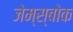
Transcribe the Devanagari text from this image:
जेम्स्बोक